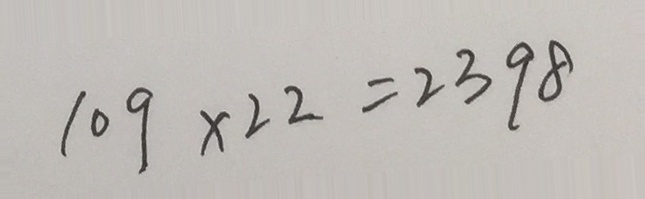
1 0 9 \times 2 2 = 2 3 9 8